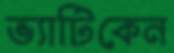
ভ্যাটিকেন